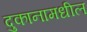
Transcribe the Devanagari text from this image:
दुकानामधील